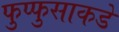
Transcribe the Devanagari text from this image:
फुप्फुसाकडे